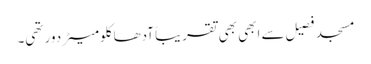
مسجد فصیل سے ابھی بھی تقریباً آدھا کلومیٹر دور تھی۔